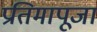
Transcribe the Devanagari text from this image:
प्रतिमापूजा